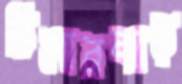
চিলারঝাড়